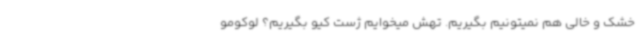
خشک و خالی هم نمیتونیم بگیریم. تهش میخوایم ژست کیو بگیریم؟ لوکومو